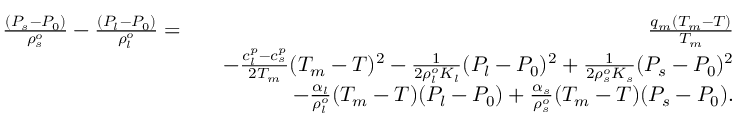
\begin{array} { r l r } { \frac { ( P _ { s } - P _ { 0 } ) } { \rho _ { s } ^ { o } } - \frac { ( P _ { l } - P _ { 0 } ) } { \rho _ { l } ^ { o } } = } & { } & { \frac { q _ { m } ( T _ { m } - T ) } { T _ { m } } } \\ & { } & { - \frac { c _ { l } ^ { p } - c _ { s } ^ { p } } { 2 T _ { m } } ( T _ { m } - T ) ^ { 2 } - \frac { 1 } { 2 \rho _ { l } ^ { o } K _ { l } } ( P _ { l } - P _ { 0 } ) ^ { 2 } + \frac { 1 } { 2 \rho _ { s } ^ { o } K _ { s } } ( P _ { s } - P _ { 0 } ) ^ { 2 } } \\ & { } & { - \frac { \alpha _ { l } } { \rho _ { l } ^ { o } } ( T _ { m } - T ) ( P _ { l } - P _ { 0 } ) + \frac { \alpha _ { s } } { \rho _ { s } ^ { o } } ( T _ { m } - T ) ( P _ { s } - P _ { 0 } ) . } \end{array}